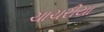
ચાચરીયા